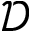
\mathscr { D }